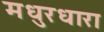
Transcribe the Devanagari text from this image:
मधुरधारा